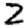
Digit: 2